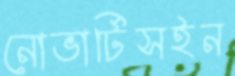
নোভার্টিসইন